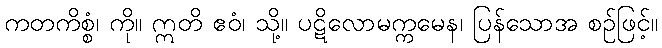
ကတကိစ္စံ၊ ကို။ ဣတိ ဧဝံ၊ သို့။ ပဋိလောမက္ကမေန၊ ပြန်သောအ စဉ်ဖြင့်။